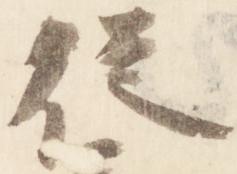
従